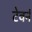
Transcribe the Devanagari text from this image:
टेवर्न